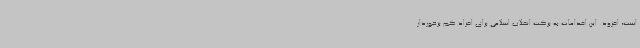
است، افزود: این اقدامات به برکت انقلاب اسلامی برای افراد کم برخوردار